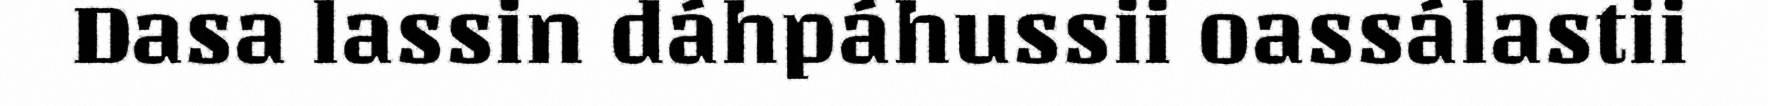
Dasa lassin dáhpáhussii oassálastii